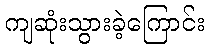
ကျဆုံးသွားခဲ့ကြောင်း